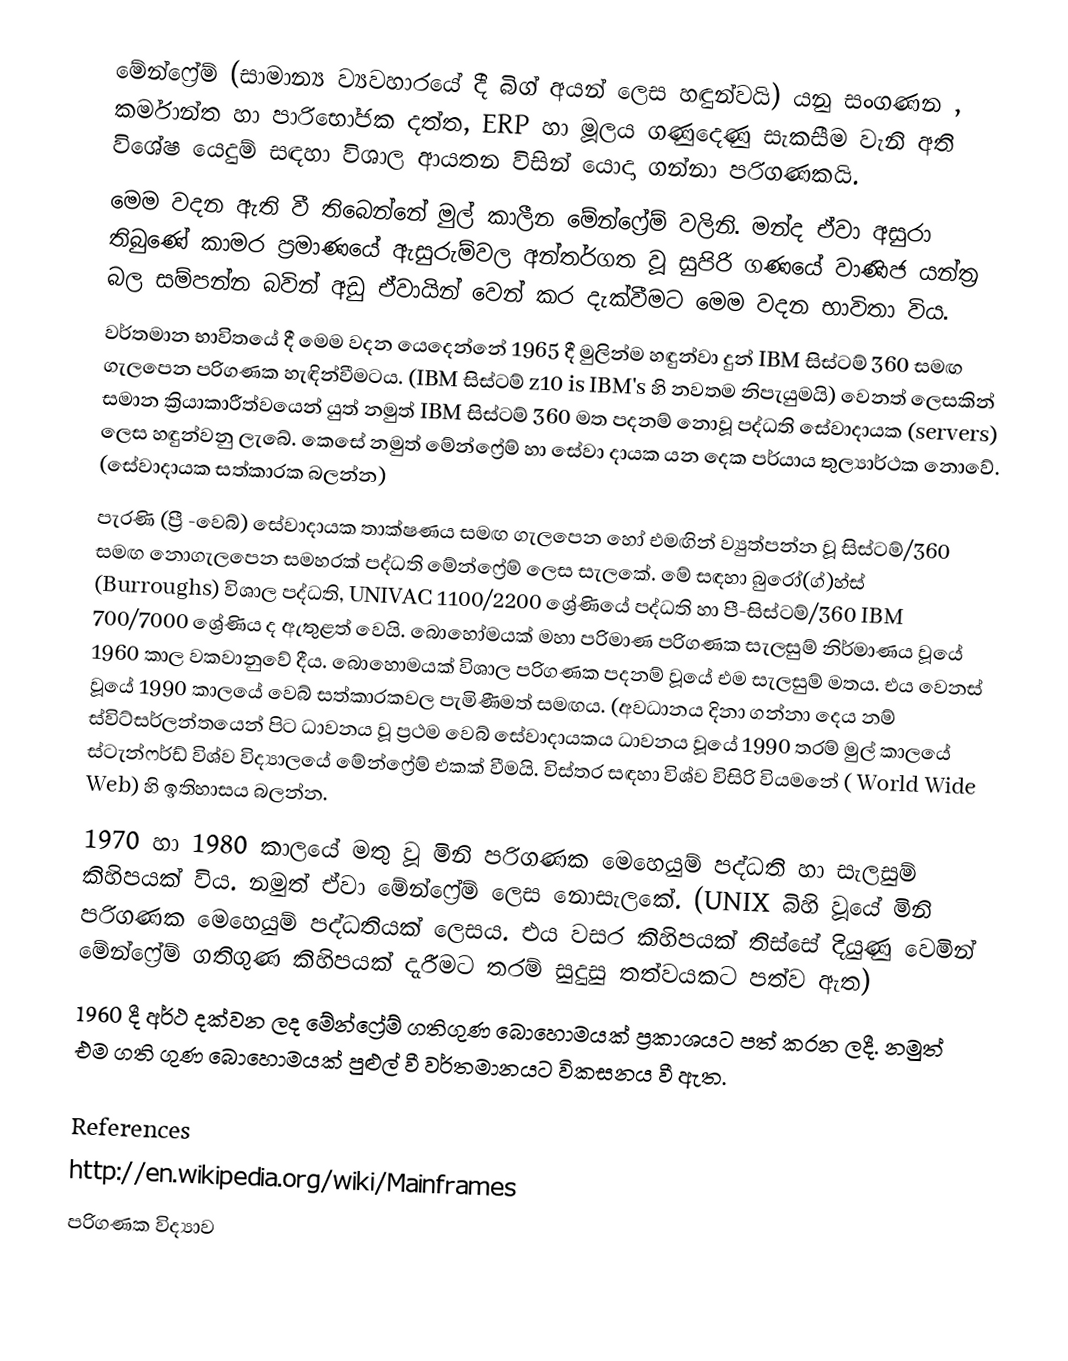
මේන්ෆ්‍රේම් (සාමාන්‍ය ව්‍යවහාරයේ දී බිග් අයන් ලෙස හඳුන්වයි) යනු සංගණන , කර්මාන්ත හා පාරිභෝජක දත්ත, ERP හා මූලය ගණුදෙණු සැකසීම වැනි අති විශේෂ යෙදුම් සඳහා විශාල ආයතන විසින් යොදා ගන්නා පරිගණකයි.
මෙම වදන ඇති වී තිබෙන්නේ මුල් කාලීන මේන්ෆ්‍රේම් වලිනි. මන්ද ඒවා අසුරා තිබුණේ කාමර ප්‍රමාණයේ ඇසුරුම්වල අන්තර්ගත වූ සුපිරි ගණයේ වාණිජ යන්ත්‍ර බල සම්පන්න බවින් අඩු ඒවා‍යින් වෙන් කර දැක්වීමට මෙම වදන භාවිතා විය.
වර්තමාන භාවිතයේ දී මෙම වදන යෙදෙන්නේ 1965 දී මුලින්ම හඳුන්වා දුන් IBM සිස්ටම් 360 සමඟ ගැලපෙන පරිගණක හැඳින්වීමටය. (IBM සිස්ටම් z10 is IBM's හි නවතම නිපැයුමයි) වෙනත් ලෙසකින් සමාන ක්‍රියාකාරීත්වයෙන් යුත් නමුත් IBM සිස්ටම් 360 මත පදනම් නොවූ පද්ධති සේවාදායක (servers) ලෙස හඳුන්වනු ලැබේ. කෙසේ නමුත් මේන්ෆ්‍රේම් හා සේවා දායක යන දෙක පර්යාය තුල්‍යාර්ථක  නොවේ. (සේවාදායක සත්කාරක බලන්න)
පැරණි (ප්‍රී -වෙබ්) සේවාදායක තාක්ෂණය සමඟ ගැලපෙන හෝ එමඟින් ව්‍යුත්පන්න වූ සිස්ටම්/360 සමඟ නොගැලපෙන සමහරක් පද්ධති මේන්ෆ්‍රේම් ලෙස සැලකේ. මේ සඳහා බුරෝ(ග්)හ්ස් (Burroughs) විශාල පද්ධති, UNIVAC 1100/2200 ශ්‍රේණියේ පද්ධති හා පී-සිස්ටම්/360 IBM 700/7000 ශ්‍රේණිය ද ඇතුළත් වෙයි. බොහෝමයක් මහා පරිමාණ පරිගණක සැලසුම් නිර්මාණය වූයේ 1960 කාල වකවානුවේ දීය. බොහොමයක් විශාල පරිගණක පදනම් වූයේ එම සැලසුම් මතය. එය වෙනස් වූයේ 1990 කාලයේ වෙබ් සත්කාරකවල පැමිණීමත් සමඟය. (අවධානය දිනා ගන්නා දෙය නම් ස්විට්සර්ලන්තයෙන් පිට ධාවනය වූ ප්‍රථම වෙබ් සේවාදායකය ධාවනය වූයේ 1990 තරම් මුල් කාලයේ ස්ටැන්ෆර්ඩ් විශ්ව විද්‍යාලයේ මේන්ෆ්‍රේම් එකක් වීමයි. විස්තර සඳහා විශ්ව විසිරි වියමනේ ( World Wide Web) හි ඉතිහාසය බලන්න.
1970 හා 1980 කාලයේ මතු වූ මිනි පරිගණක මෙහෙයුම් පද්ධති හා සැලසුම් කිහිපයක් විය. නමුත් ඒවා මේන්ෆ්‍රේම් ලෙස නොසැලකේ. (UNIX බිහි වූයේ මිනි පරිගණක මෙහෙයුම් පද්ධතියක් ලෙසය. එය වසර කිහිපයක් තිස්සේ දියුණු වෙමින් මේන්ෆ්‍රේම් ගතිගුණ කිහිපයක් දැරීමට තරම් සුදුසු තත්වයකට පත්ව ඇත)
1960 දී අර්ථ දක්වන ලද මේන්ෆ්‍රේම් ගතිගුණ බොහොමයක් ප්‍රකාශයට පත් කරන ලදී. නමුත් එම ගති ගුණ බොහොමයක් පුළුල් වී වර්තමානයට විකසනය වී ඇත.

References
http://en.wikipedia.org/wiki/Mainframes
පරිගණක විද්‍යාව